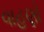
વાહણો